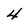
Character: 4